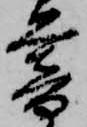
暮